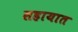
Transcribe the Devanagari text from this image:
सहायात